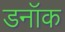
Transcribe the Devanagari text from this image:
डनॉक